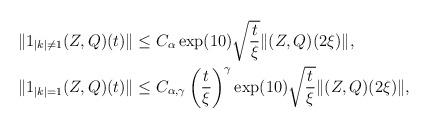
LaTeX: \begin{align*} \|1_{|k|\neq 1}(Z, Q)(t)\| &\leq C_{\alpha} \exp(10) \sqrt{\frac{t}{\xi}} \|(Z, Q)(2\xi)\|, \\ \|1_{|k|=1}(Z, Q)(t)\| &\leq C_{\alpha, \gamma} \left(\frac{t}{\xi}\right)^{\gamma} \exp(10) \sqrt{\frac{t}{\xi}} \|(Z, Q)(2\xi)\|, \end{align*}